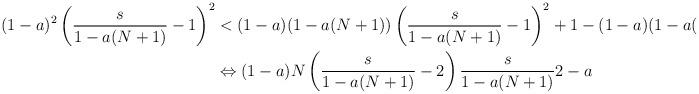
LaTeX: \begin{align*}(1-a)^2 \left( \frac{s}{1-a(N+1)} - 1 \right)^2 &< (1-a)(1-a(N+1)) \left( \frac{s}{1-a(N+1)} - 1 \right)^2 +1 -(1-a)(1-a(N+1))\\&\Leftrightarrow (1-a)N \left( \frac{s}{1-a(N+1)} - 2 \right) \frac{s}{1-a(N+1)} 2-a\end{align*}